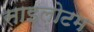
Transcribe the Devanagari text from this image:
साइलोटम